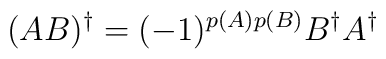
(AB)^\dagger =(-1)^{p(A)p(B)} B^\dagger A^\dagger